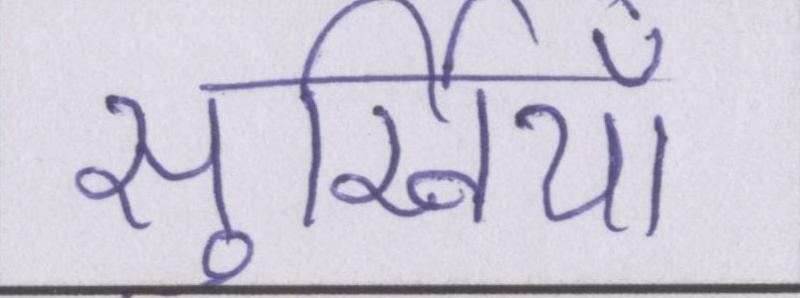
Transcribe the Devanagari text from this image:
सुर्खियाँ